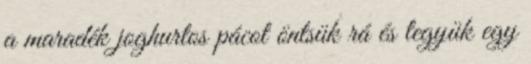
a maradék joghurtos pácot öntsük rá és tegyük egy